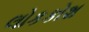
લોકકોશ